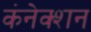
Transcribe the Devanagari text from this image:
कंनेक्शन